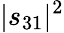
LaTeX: |s_{31}|^{2}